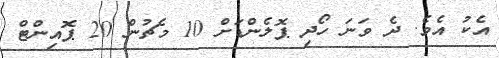
އެކު އެވެ. ދެ ވަނަ ހޯދި ޕޮލެންޑަށް 10 މެޗުން 20 ޕޮއިންޓް